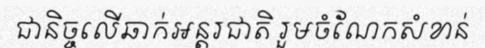
ជានិច្ចលើឆាក់អន្តរជាតិ រួមចំណែកសំខាន់